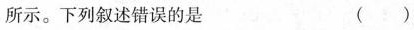
所示。下列叙述错误的是 ( )